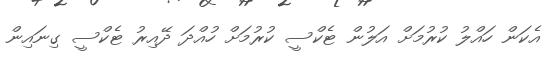
އެކަން ހައްލު ކުރުމަށް އަލުން ޓެކްސީ ކުރުމަށް ހުއްދަ ދޭއިރު ޓެކްސީ ގިނައިން